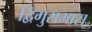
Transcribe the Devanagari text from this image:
द्विगुसमास